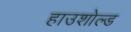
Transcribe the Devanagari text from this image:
हाउशोल्ड